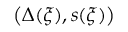
\big ( \Delta ( \xi ) , s ( \xi ) \big )